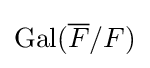
{\text{Gal}}({\overline {F}}/F)